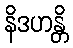
နိဒဟန္တိ